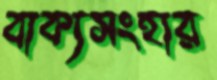
বাক্যসংহার